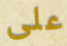
على